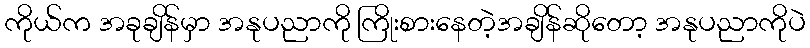
ကိုယ်က အခုချိန်မှာ အနုပညာကို ကြိုးစားနေတဲ့အချိန်ဆိုတော့ အနုပညာကိုပဲ